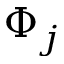
\Phi _ { j }